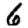
Digit: 6